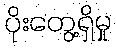
ပိုးတွေ့ရှိမှု